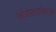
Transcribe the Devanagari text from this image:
जोडाक्षरांकरता